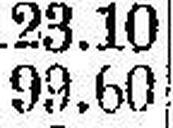
99.60